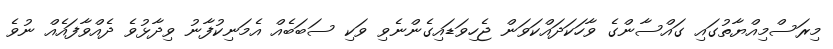
މިރަސްމިއްޔާތުގައި ގައްސާންގެ ވާހަކަދައްކަވަން ޖެހިވަަޑައިގެންނެވި ވަކި ސަބަބެއް އެމަނިކުފާނު ވިދާޅުވެ ދެއްވާފައެއް ނުވެ